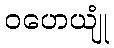
ဝဟေယျုံ